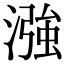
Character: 漒